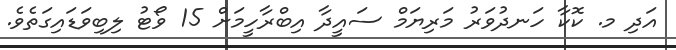
އަދި މ. ކޮކާ ހަނދުވަރު މަރިޔަމް ސައީދާ އިބްރާހީމަށް 15 ވޯޓު ލިބިވަޑައިގަތެވެ.